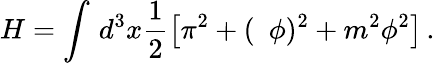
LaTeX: H=\int\, d^{3}x\frac 12\left[\pi^{2}+(\, \, \, \phi)^{2}+m^{2}\phi^{2}\right]\, .